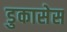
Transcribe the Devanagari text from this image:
डुकासेस